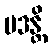
ပဒန္တိ